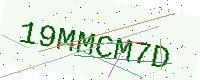
Text: 19MMCM7D